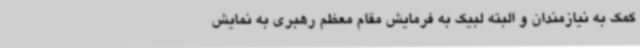
کمک به نیازمندان و البته لبیک به فرمایش مقام معظم رهبری به نمایش